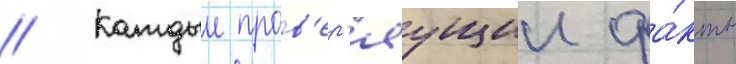
// Каждыи пров'ер'яущии фа́кты